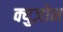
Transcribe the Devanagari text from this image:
क्युज़ोन